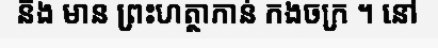
និង មាន ព្រះហត្ថាកាន់ កងចក្រ ។ នៅ